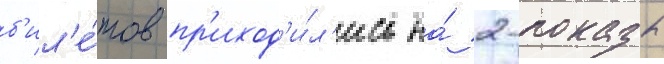
б'ил'е́тов пр'иход'и́л'ись на́ 2-показы